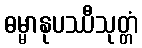
ဓမ္မာနုပဿီသုတ္တံ